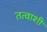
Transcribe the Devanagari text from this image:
तत्वाशी